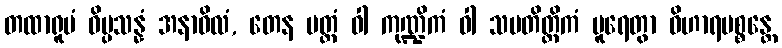
တထာရူပံ ဝိပ္ပသန္နံ အနာဝိလံ, တေန ပတ္တံ ဝါ ကုဏ္ဍိကံ ဝါ သမတိတ္တိကံ ပူရေတွာ ဝိဟာရပစ္စန္တေ